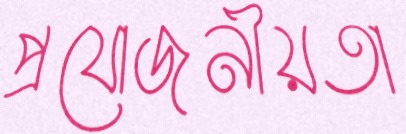
প্রযোজনীয়তা